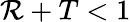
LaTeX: \mathcal{R}+T<1